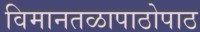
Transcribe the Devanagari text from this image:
विमानतळापाठोपाठ